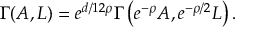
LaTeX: \Gamma ( A , L ) = { e ^ { d / 1 2 \rho } } \Gamma \left( { e ^ { - \rho } } A , { e ^ { - \rho / 2 } } L \right) .